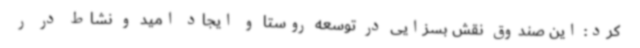
کرد: این صندوق نقش بسزایی در توسعه روستا و ایجاد امید و نشاط در ر